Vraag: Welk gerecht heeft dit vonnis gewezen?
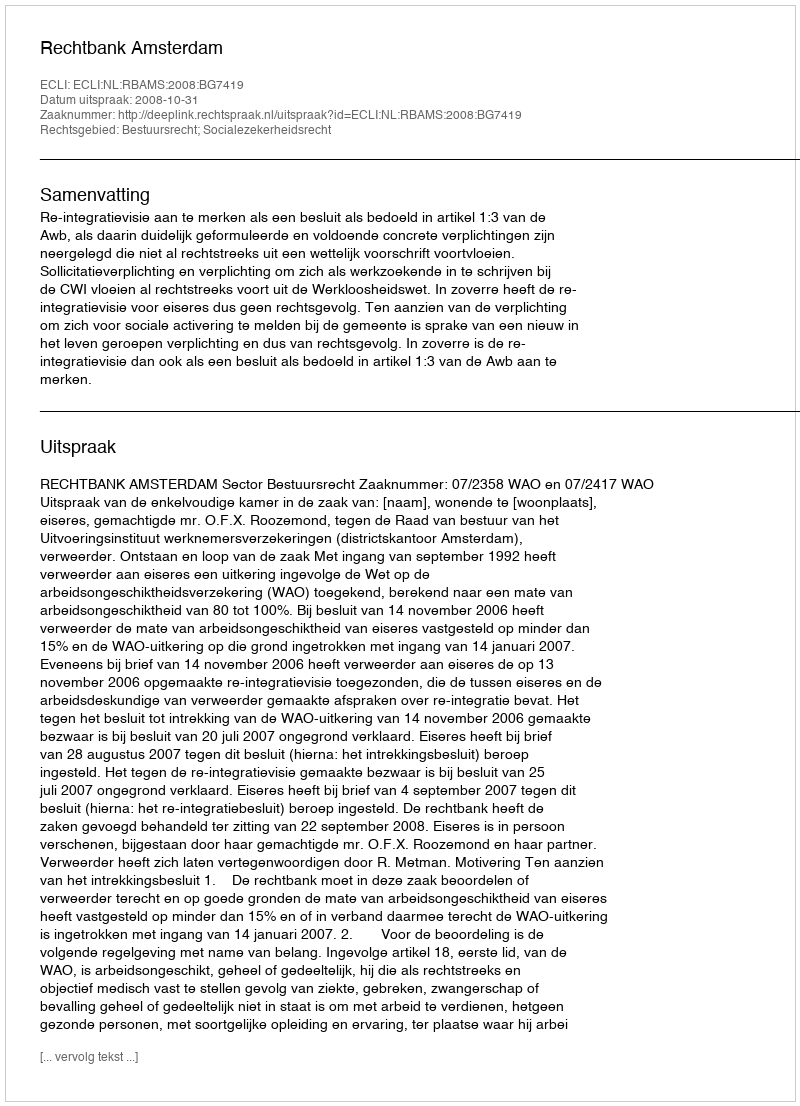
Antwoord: Rechtbank Amsterdam